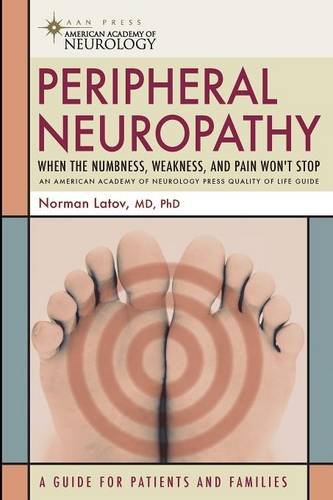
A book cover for Peripheral Neuropathy: "When the Numbness, Weakness and Pain Won't Stop" (American Academy of Neurology); Norman Latov; Health, Fitness & Dieting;